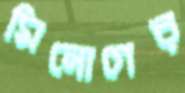
মিনোগের